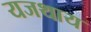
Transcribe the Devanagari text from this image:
यजथाय